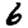
Digit: 6